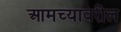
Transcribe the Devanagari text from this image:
आमच्यावरील